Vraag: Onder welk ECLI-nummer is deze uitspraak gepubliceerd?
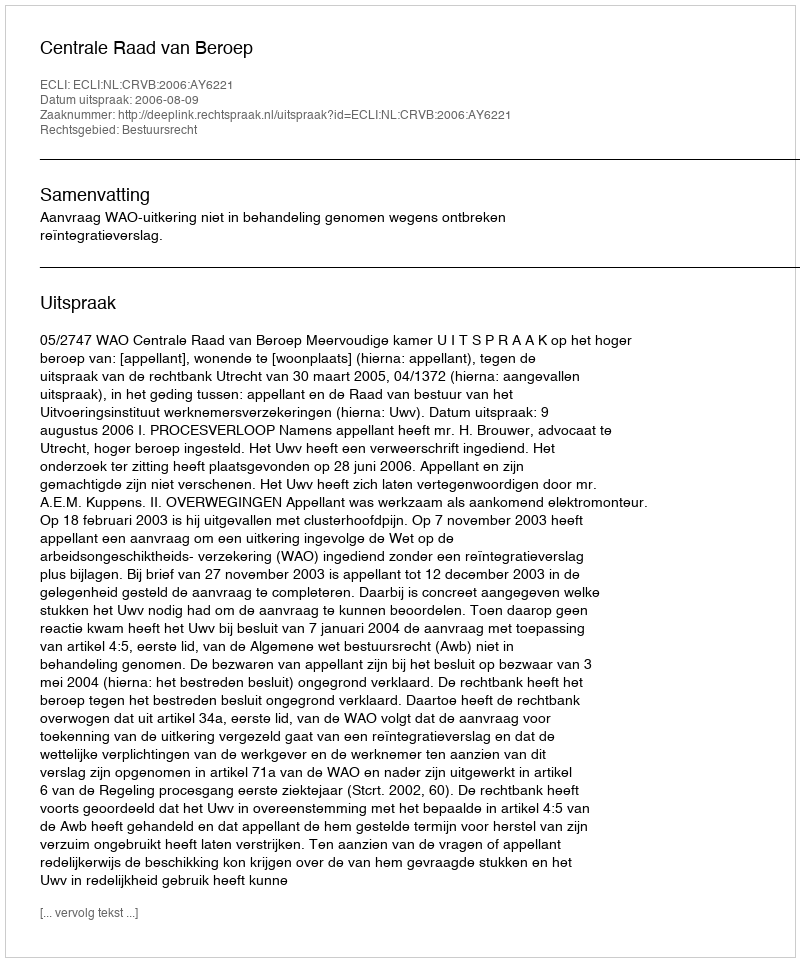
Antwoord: ECLI:NL:CRVB:2006:AY6221